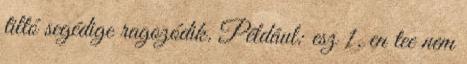
tiltó segédige ragozódik. Például: esz 1. en tee nem